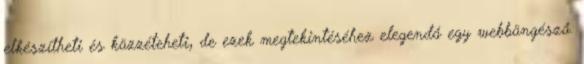
elkészítheti és közzéteheti, de ezek megtekintéséhez elegendő egy webböngésző.